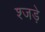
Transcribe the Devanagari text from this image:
श्जड़े